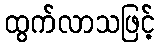
ထွက်လာသဖြင့်